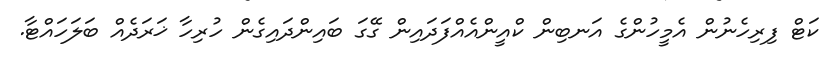
ކަޓް ފިރިހެނުން އެމީހުންގެ އަނބިން ކްއީންއެއްފަދައިން ގޭގަ ބައިންދައިގެން ހުރިހާ ޚަރަދެއް ބަލަހައްޓާ.